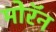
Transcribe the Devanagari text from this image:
मोरॅन